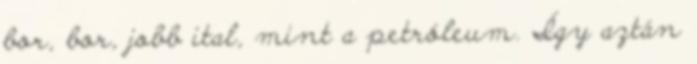
bor, bor, jobb ital, mint a petróleum. Így aztán